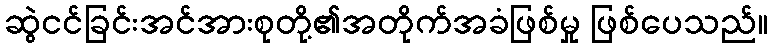
ဆွဲငင်ခြင်းအင်အားစုတို့၏အတိုက်အခံဖြစ်မှု ဖြစ်ပေသည်။